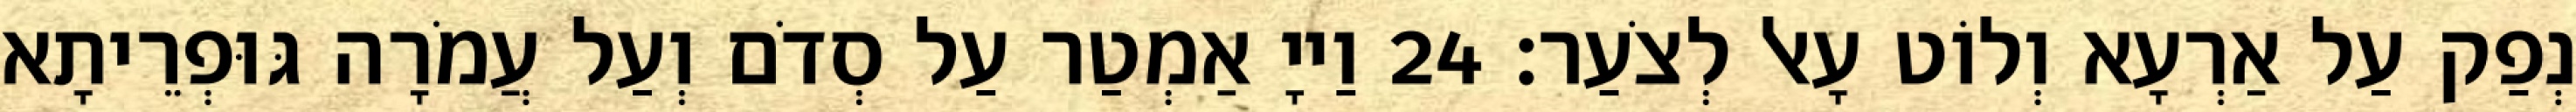
נְפַק עַל אַרְעָא וְלוֹט עָאל לְצֹעַר׃ 24 וַייָ אַמְטַר עַל סְדֹם וְעַל עֲמֹרָה גּוּפְרֵיתָא